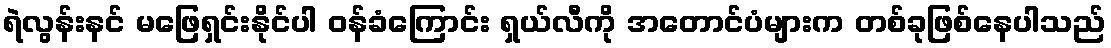
ရဲလွန်းနင် မဖြေရှင်းနိုင်ပါ ဝန်ခံကြောင်း ရှယ်လီကို အတောင်ပံများက တစ်ခုဖြစ်နေပါသည်